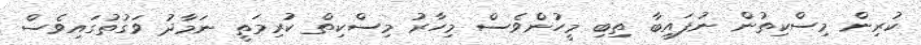
ކުރިން މިސްކިތުން ނުފައިބާ ތިބި މީހުންވެސް މިހާރު މިސްކިތް ކުރިމަތީ ނަމާދު ވަގުތުގައިވެސް